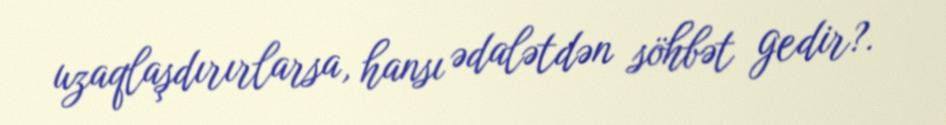
uzaqlaşdırırlarsa, hansı ədalətdən söhbət gedir?.